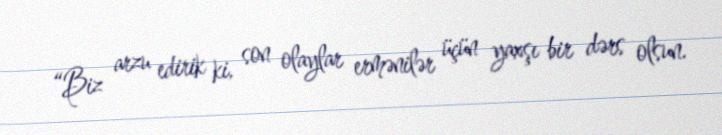
“Biz arzu edirik ki, son olaylar ermənilər üçün yaxşı bir dərs olsun.